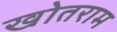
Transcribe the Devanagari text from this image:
खोतराम